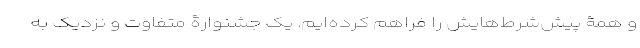
و همۀ پیش‌شرط‌هایش را فراهم کرده‌ایم. یک جشنوارۀ متفاوت و نزدیک به